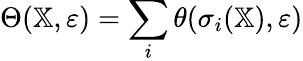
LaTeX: \Theta(\mathbb{X},\varepsilon)=\sum_{i}\theta(\sigma_{i}(\mathbb{X}),\varepsilon)